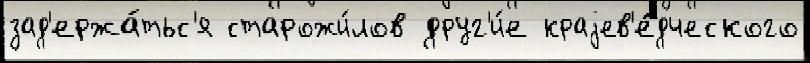
зад'ержа́тьс'я старожи́лов друг'и́е краjев'е́дческого